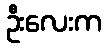
ဦးလေးက